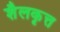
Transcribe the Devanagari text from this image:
शैलकृत्त